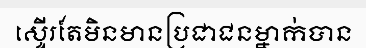
ស្ទើរតែមិនមានប្រជាជនម្នាក់បាន